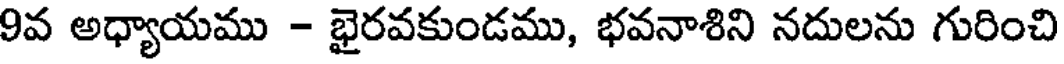
9వ అధ్యాయము - భైరవకుండము, భవనాశిని నదులను గురించి